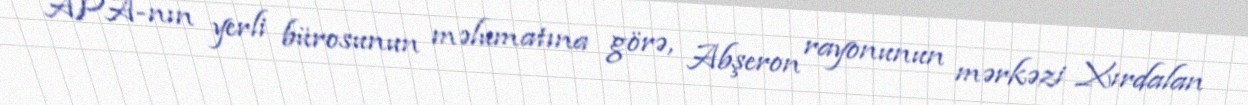
APA-nın yerli bürosunun məlumatına görə, Abşeron rayonunun mərkəzi Xırdalan